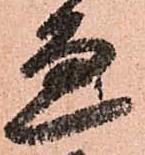
邊